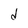
Character: d